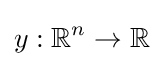
y:\mathbb {R} ^{n}\to \mathbb {R}